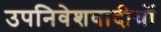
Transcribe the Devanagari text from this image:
उपनिवेशवादीयों